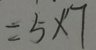
= 5 \times 7